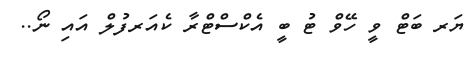
ޔަރ ބަޓް ވީ ހޭވް ޓު ބީ އެކްސްޓްރާ ކެއަރފުލް އައި ނޯ..